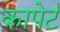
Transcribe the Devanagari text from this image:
कापेर्ट